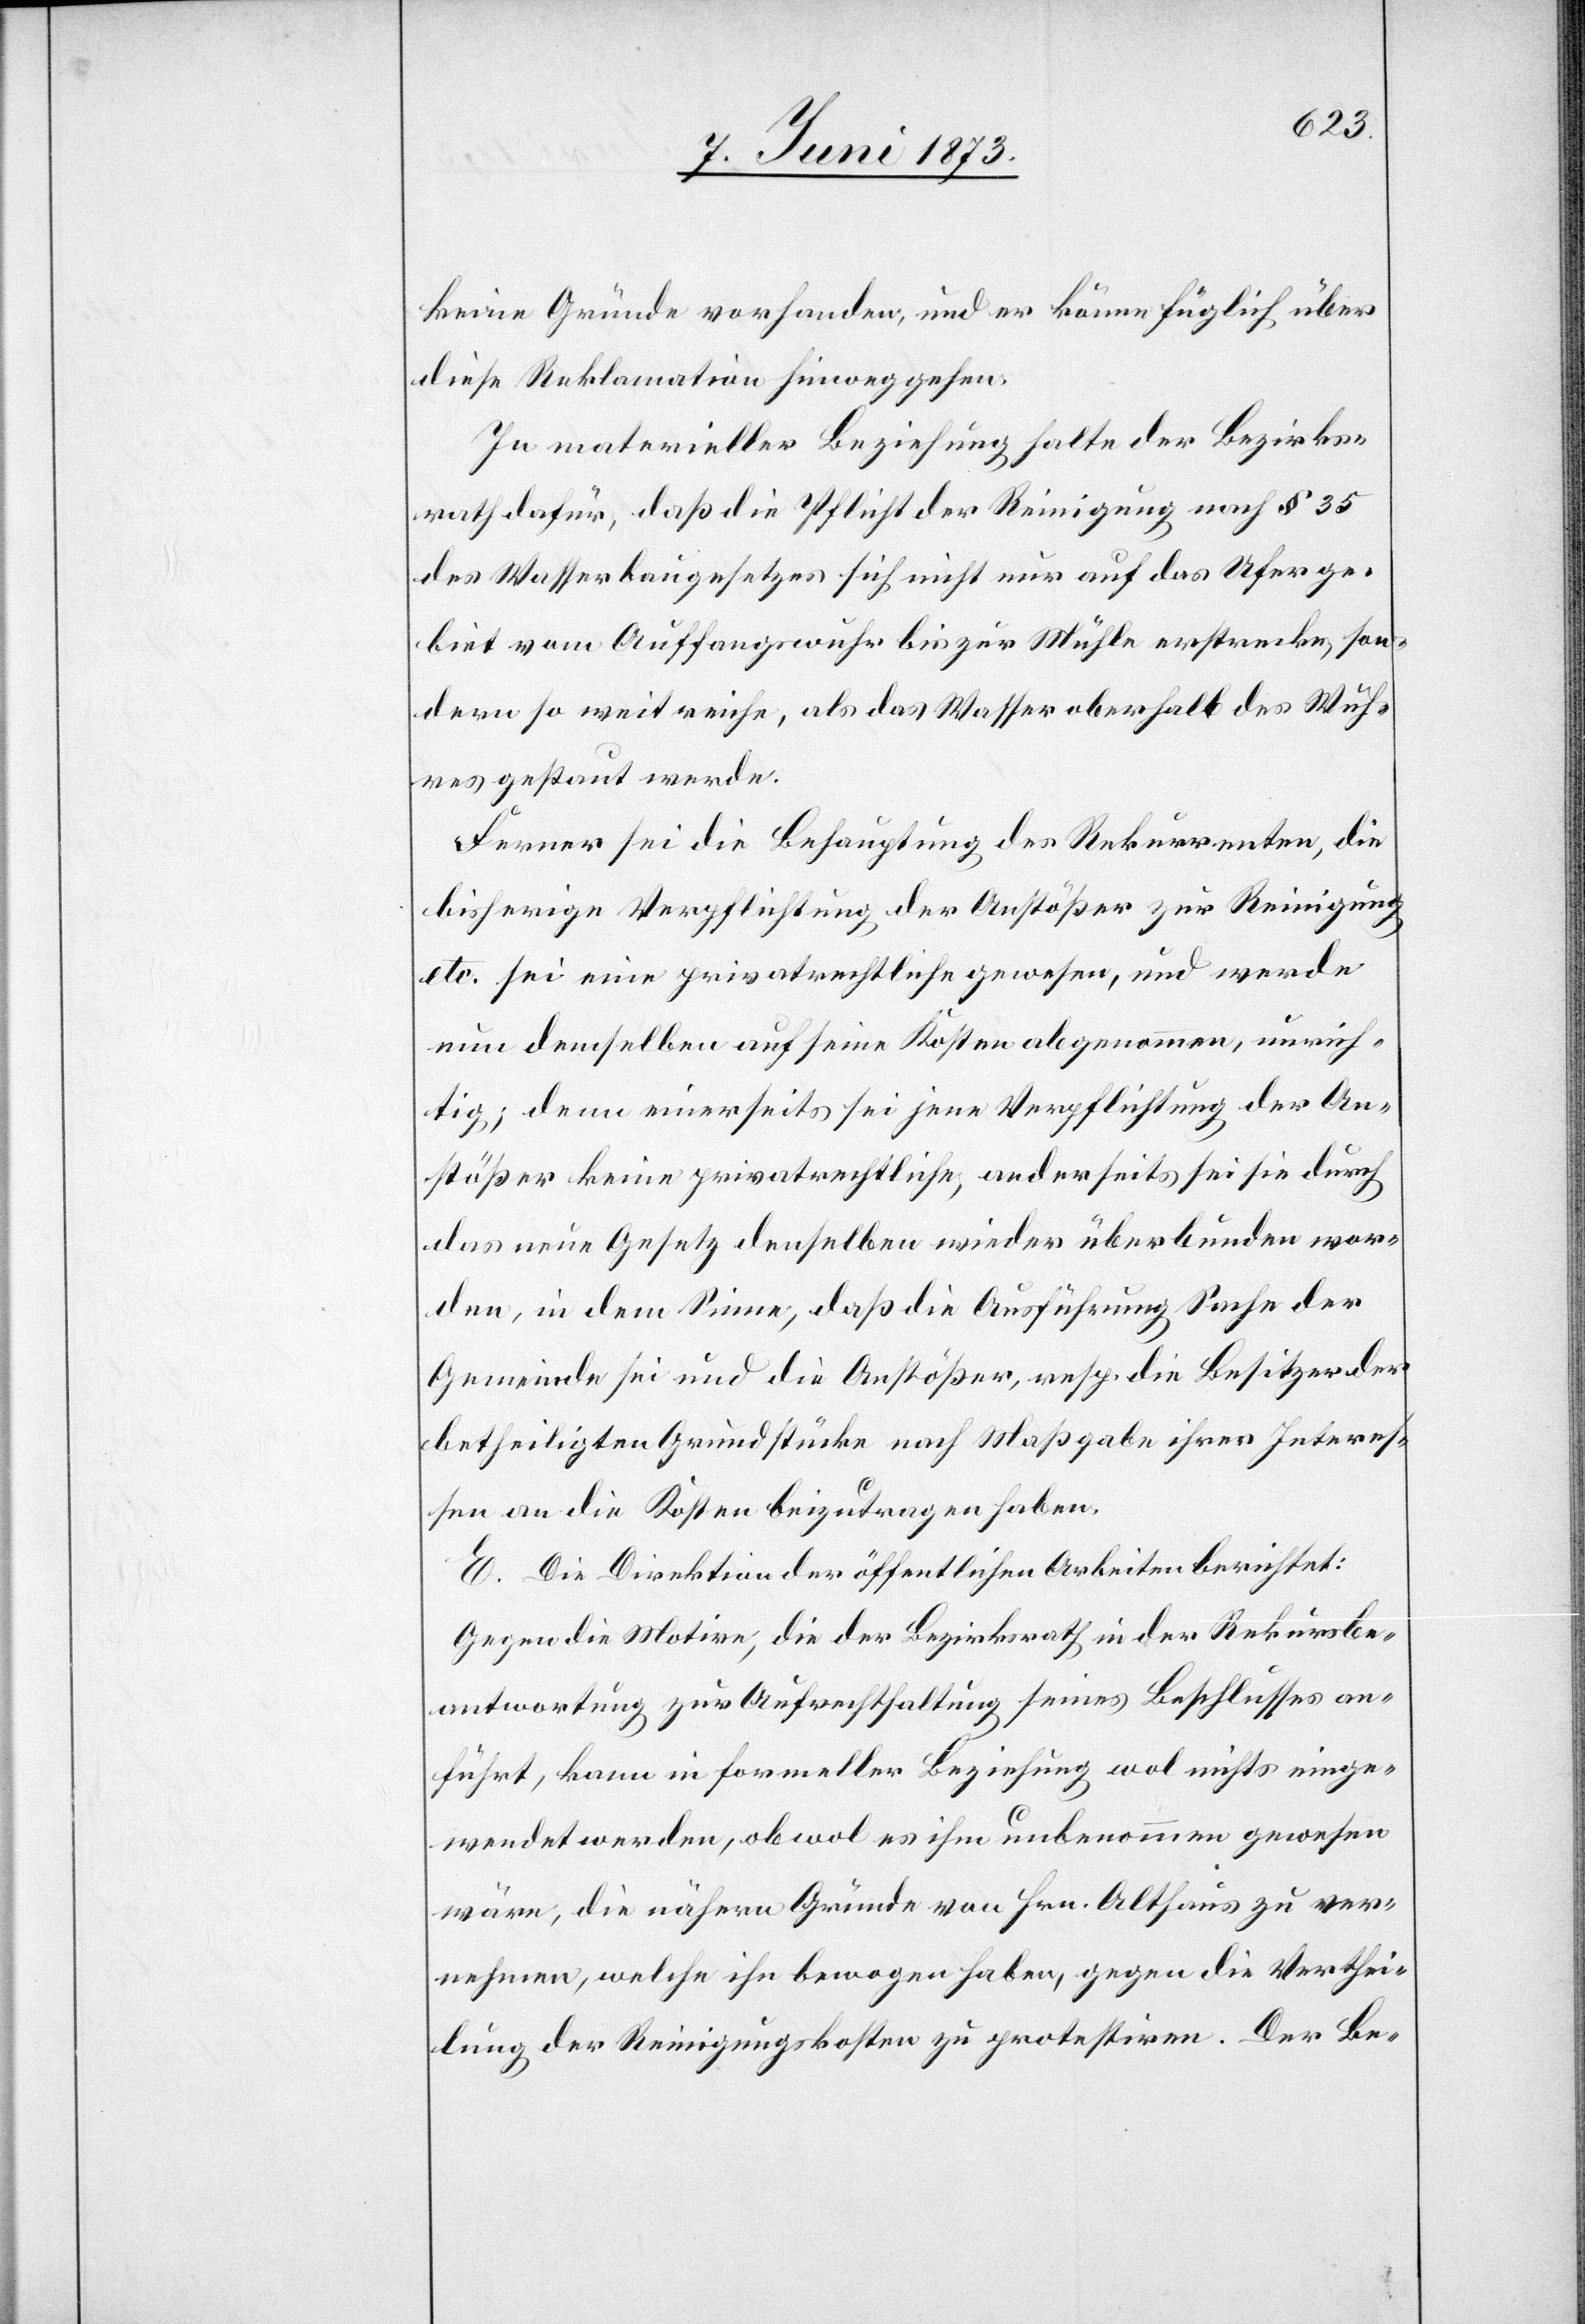
keine Gründe vorhanden, und er könne füglich über
diese Reklamation hinweggehen.
In materieller Beziehung halte der Bezirks¬
rath dafür, daß die Pflicht der Reinigung nach § 35
des Wasserbaugesetzes sich nicht nur auf das Uferge¬
biet vom Auffangswuhr bis zur Mühle erstrecke, son¬
dern so weit reiche, als das Wasser oberhalb des Wuh¬
res gestaut werde.
Ferner sei die Behauptung des Rekurrenten, die
bisherige Verpflichtung der Anstößer zur Reinigung
etc. sei eine privatrechtliche gewesen, und werde
nun demselben [sic!] auf seine Kosten abgenommen, unrich¬
tig; denn einerseits sei jene Verpflichtung der An¬
stößer keine privatrechtliche, anderseits sei sie durch
das neue Gesetz denselben wieder überbunden wor¬
den, in dem Sinne, daß die Ausführung Sache der
Gemeinde sei und die Anstößer, resp. die Besitzer der
betheiligten Grundstücke nach Maßgabe ihrer Interes¬
sen an die Kosten beizutragen haben.
E. Die Direktion der öffentlichen Arbeiten berichtet:
Gegen die Motive, die der Bezirksrath in der Rekursbe¬
antwortung zur Aufrechthaltung seines Beschlusses an¬
führt, kann in formeller Beziehung wol nichts einge¬
wendet werden, obwol es ihm unbenommen gewesen
wäre, die nähern Gründe von Hr. Althaus zu ver¬
nehmen, welche ihn bewogen haben, gegen die Verthei¬
lung der Reinigungskosten zu protestiren. Der Be-